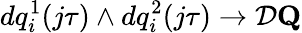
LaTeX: dq_{i}^{1}(j\tau)\wedge dq_{i}^{2}(j\tau)\to{\cal D}\mathbf{Q}